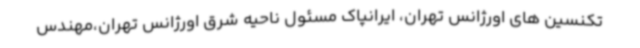
تکنسین های اورژانس تهران، ایرانپاک مسئول ناحیه شرق اورژانس تهران،مهندس